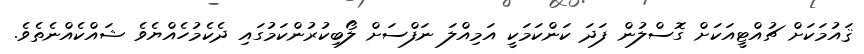
ޤައުމަކަށް ޗުއްޓީއަކަށް ގޮސްލުން ފަދަ ކަންކަމަކީ އަމިއްލަ ނަފްސަށް ލޯބިކުރުންކަމުގައި ދެކެމުހެއްޔެވެ ޝައްކެއްނެތެވެ.